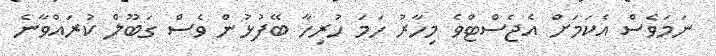
ނަމަވެސް އެކަމަށް އެޖެސްޓްވެ މިހާރު ހަމަ ހުރިހާ ބޭފުޅުން ވެސް ގަބޫލް ކުރައްވާނެ